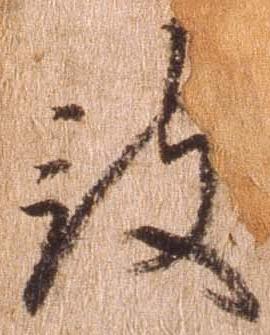
被